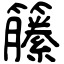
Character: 籘